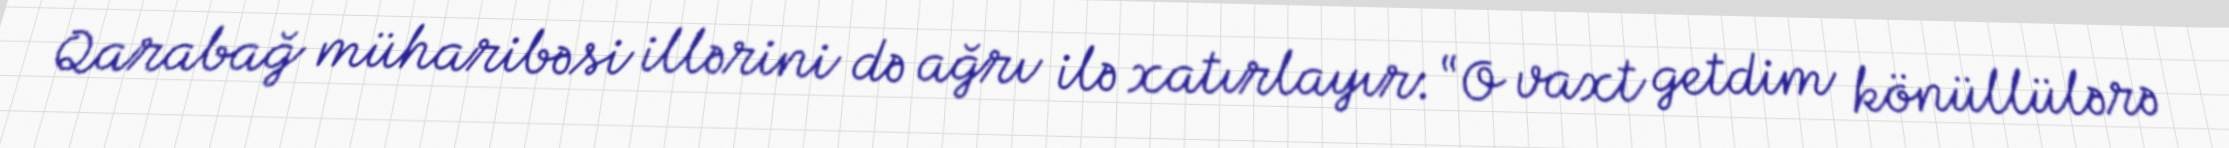
Qarabağ müharibəsi illərini də ağrı ilə xatırlayır: “O vaxt getdim könüllülərə